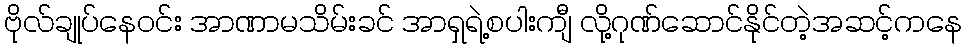
ဗိုလ်ချုပ်နေဝင်း အာဏာမသိမ်းခင် အာရှရဲ့စပါးကျီ လို့ဂုဏ်ဆောင်နိုင်တဲ့အဆင့်ကနေ